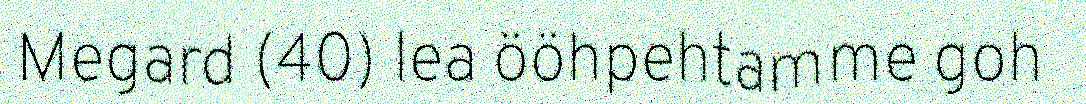
Megard (40) lea ööhpehtamme goh